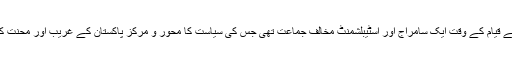
پیپلز پارٹی اپنے قیام کے وقت ایک سامراج اور اسٹیبلشمنٹ مخالف جماعت تھی جس کی سیاست کا محور و مرکز پاکستان کے غریب اور محنت کش عوام تھے۔